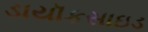
ડાયૉકસાઇડ